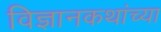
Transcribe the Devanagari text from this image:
विज्ञानकथांच्या